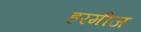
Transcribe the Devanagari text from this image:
हरमीज